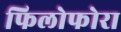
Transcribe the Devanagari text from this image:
फिलोफोरा